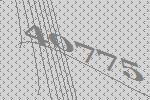
40775